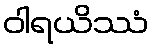
ဝါရယိဿံ